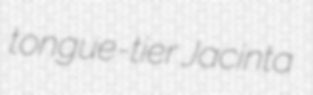
tongue-tier Jacinta